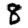
Digit: 8